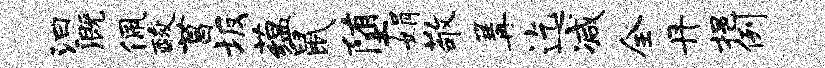
汩溉佩酸菖坂蕴鼠堕娟敬篝迄减全丹挹例